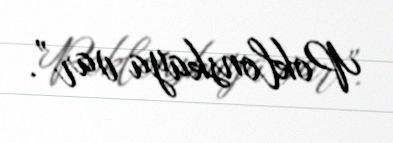
Poklonskaya var”.